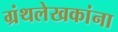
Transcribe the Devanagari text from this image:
ग्रंथलेखकांना